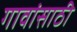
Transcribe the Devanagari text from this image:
गावांसाठी